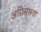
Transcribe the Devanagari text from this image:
अग्निसंभवा